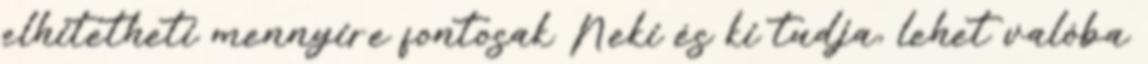
elhitetheti mennyire fontosak Neki és ki tudja, lehet valóba